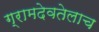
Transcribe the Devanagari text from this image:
ग्रामदेवतेलाच